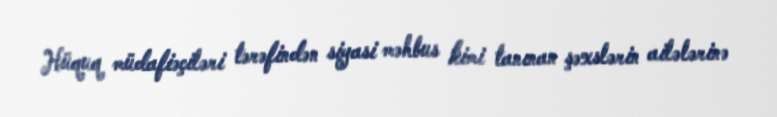
Hüquq müdafiəçiləri tərəfindən siyasi məhbus kimi tanınan şəxslərin ailələrinə